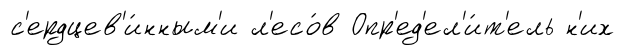
с'ердцев'и́нным'и л'есо́в Опр'ед'ел'и́т'ель н'их